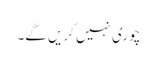
چوری نہیں کریں گے۔